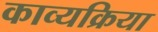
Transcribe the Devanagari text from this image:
काव्यक्रिया